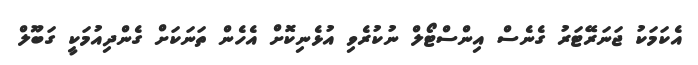
އެކަމަކު ޖަނަރޭޓަރު ގެނެސް އިންސްޓޯލް ނުކުރެވި އުޅެނިކޮށް އެހެން ތަނަކަށް ގެންދިއުމަކީ ގަބޫލް